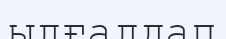
ылғалдап